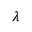
\lambda